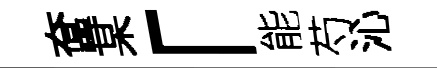
奩某「能芍沁